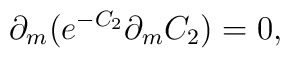
\partial _{m}(e^{-C_{2}}\partial _{m}C_{2})=0,